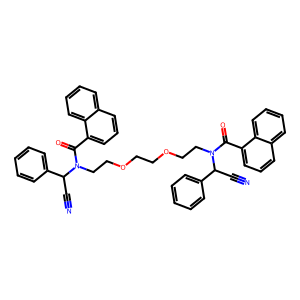
SMILES: N#CC(c1ccccc1)N(CCOCCOCCN(C(=O)c1cccc2ccccc12)C(C#N)c1ccccc1)C(=O)c1cccc2ccccc12
Inhibits HIV replication: No